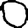
Digit: 0